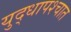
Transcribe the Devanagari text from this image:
युद्धापश्चात